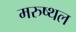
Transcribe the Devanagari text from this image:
मरुष्थल